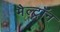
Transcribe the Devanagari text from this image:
मैल्ट्रॉन